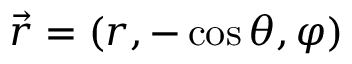
\vec { r } = ( r , - \cos \theta , \varphi )